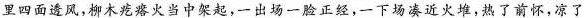
里四面透风,柳木疙鉴火当中架起,一出场一脸正经,一下场凑近火堆,热了前怀,凉了